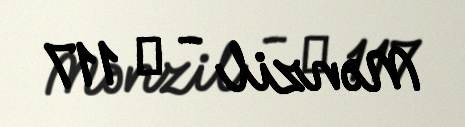
Mənzil - № 117